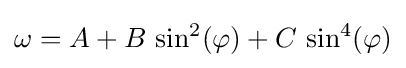
\omega =A+B\,\sin ^{2}(\varphi )+C\,\sin ^{4}(\varphi )